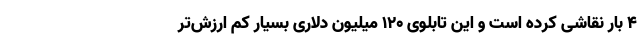
۴ بار نقاشی کرده است و این تابلوی ۱۲۰ میلیون دلاری بسیار کم ارزش‌تر